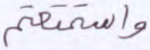
واستمتعتم